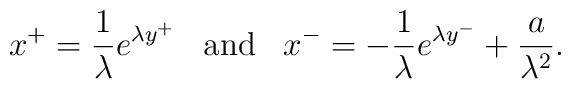
x^{+} =  {1\over\lambda} e^{\lambda y^{+}}\;\;\;\mbox{and}\;\;\;x^{-} =  -{1\over\lambda} e^{\lambda y^{-}} + {a\over \lambda^{2}}.